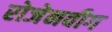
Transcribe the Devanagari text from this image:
रोजेनवीग